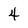
Character: 4